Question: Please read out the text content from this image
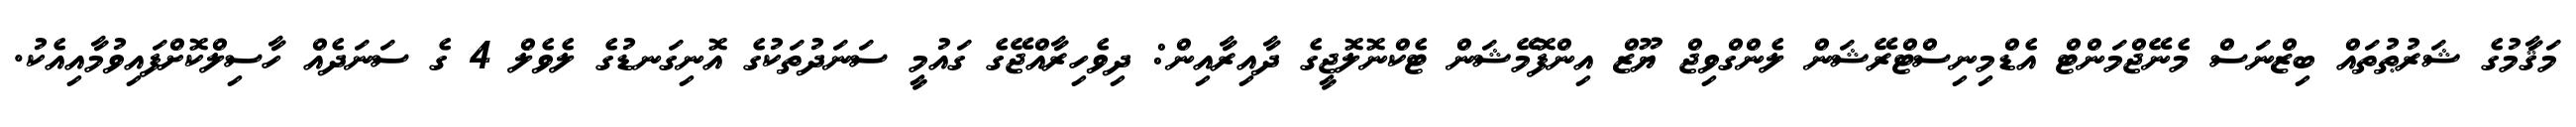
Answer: މަޤާމުގެ ޝަރުޠުތައް ބިޒްނަސް މެނޭޖްމަންޓް އެޑްމިނިސްޓްރޭޝަން ލެންގްވިޖް ޔޫޒް އިންފޮމޭޝަން ޓެކްނޮލޮޖީގެ ދާއިރާއިން: ދިވެހިރާއްޖޭގެ ގައުމީ ސަނަދުތަކުގެ އޮނިގަނޑުގެ ލެވެލް 4 ގެ ސަނަދެއް ހާސިލްކޮށްފައިވުމާއިއެކު.